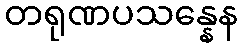
တရုဏပသန္နေန